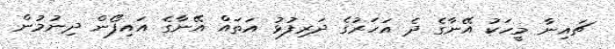
ޗައިނާ މީހަކު އޭނާގެ ދެ އަހަރުގެ ދަރިފުޅު އަތައް އޭނާގެ އައިފޯން ދިނުމުން